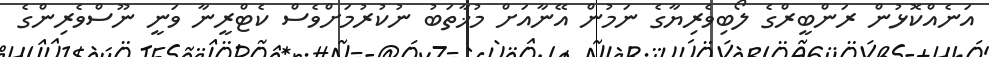
އަނެއްކޮޅުން ރަންބީރްގެ ލޯބިވެރިޔާގެ ނަމުން އޭނާއަށް މުޚާތަބު ނުކުރުމަށްވެސް ކެޓްރީނާ ވަނީ ނޫސްވެރިންގެ